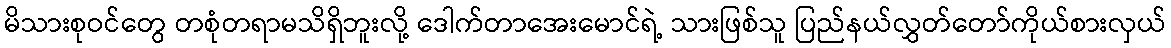
မိသားစုဝင်တွေ တစုံတရာမသိရှိဘူးလို့ ဒေါက်တာအေးမောင်ရဲ့ သားဖြစ်သူ ပြည်နယ်လွှတ်တော်ကိုယ်စားလှယ်